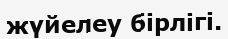
жүйелеу бірлігі.